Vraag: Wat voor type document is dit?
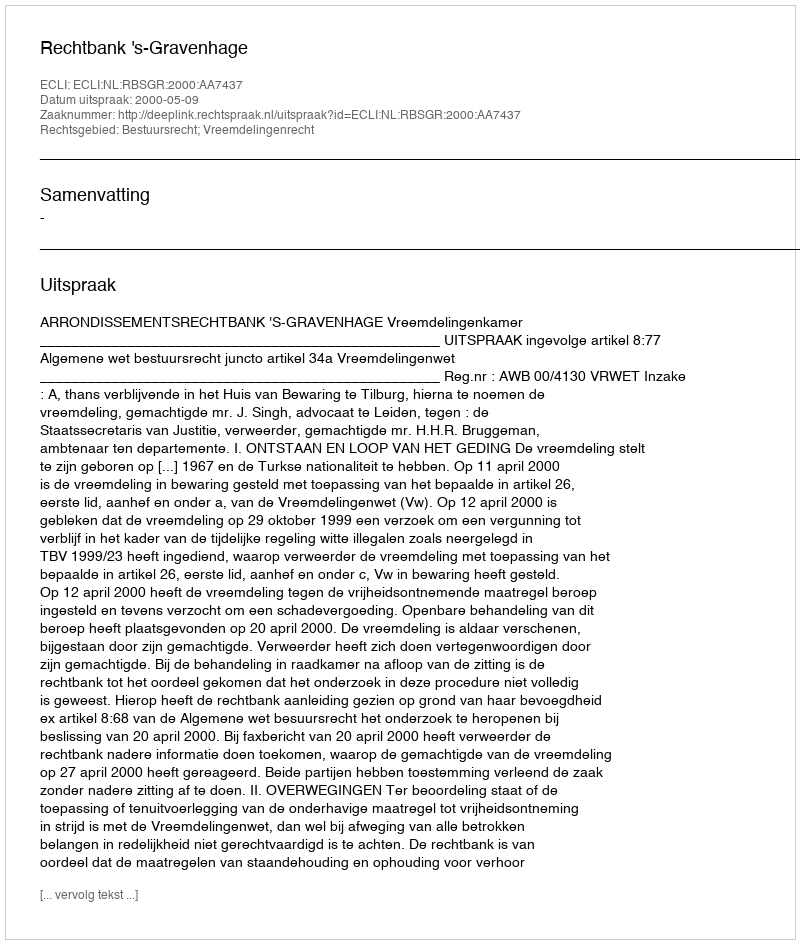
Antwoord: Uitspraak